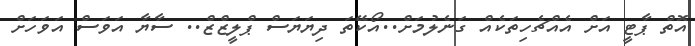
އޮތް ޕާޓީ އަށް އެއްޗެހިތަކެއް ގަނެލުމަށް..އޯކޭތަ ދިޔަޔަސް ޕްލީޒްޒް.. ސާޔާ އަވަސް އަވަހަށް